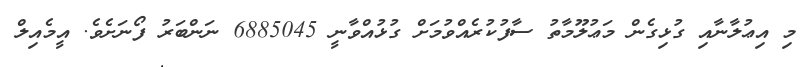
މި އިޢުލާނާއި ގުޅިގެން މަޢުލޫމާތު ސާފުކުރެއްވުމަށް ގުޅުއްވާނީ 6885045 ނަންބަރު ފޯނަށެވެ. އީމެއިލް